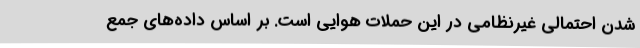
شدن احتمالی غیرنظامی در این حملات هوایی است. بر اساس داده‌های جمع